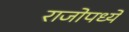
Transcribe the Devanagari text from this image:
राजोपध्ये